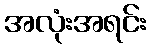
အလုံးအရင်း